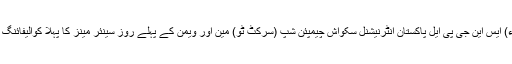
25 جون2018ء) ایس این جی پی ایل پاکستان انٹرنیشنل سکواش چیمپئن شپ (سرکٹ ٹو) مین اور ویمن کے پہلے روز سینئر مینز کا پہلا کوالیفائنگ رائونڈ مکمل ہوا۔